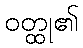
ဝတ္ထု၏